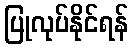
ပြုလုပ်နိုင်ရန်